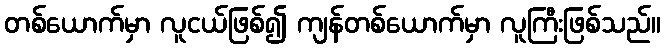
တစ်ယောက်မှာ လူငယ်ဖြစ်၍ ကျန်တစ်ယောက်မှာ လူကြီးဖြစ်သည်။